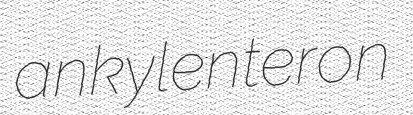
ankylenteron